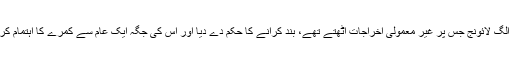
انہوں نے ایوانِ صدر میں اہم شخصیات کے استقبال کے لیے الگ لائونج جس پر غیر معمولی اخراجات اٹھتے تھے، بند کرانے کا حکم دے دیا اور اس کی جگہ ایک عام سے کمرے کا اہتمام کرنے کا کہا، جس میں صرف لکڑی کی کرسیاں رکھی جائیں۔